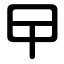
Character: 曱